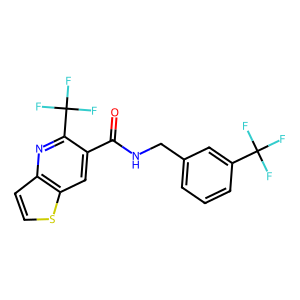
SMILES: O=C(NCc1cccc(C(F)(F)F)c1)c1cc2sccc2nc1C(F)(F)F
Inhibits HIV replication: No